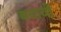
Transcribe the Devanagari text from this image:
बयावी